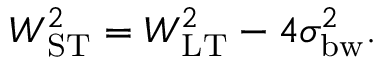
\begin{array} { r } { W _ { \mathrm { S T } } ^ { 2 } = W _ { \mathrm { L T } } ^ { 2 } - 4 \sigma _ { \mathrm { b w } } ^ { 2 } . } \end{array}